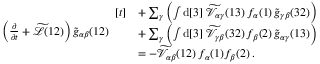
\begin{array} { r l } & { \left( \frac { \partial } { \partial t } + \widetilde { \mathcal { L } } ( 1 2 ) \right) \widetilde { g } _ { \alpha \beta } ( 1 2 ) \begin{array} { r l } { [ t ] } & { + \sum _ { \gamma } \left( \int \mathrm { d } [ 3 ] \; \widetilde { \mathcal { V } } _ { \alpha \gamma } ( 1 3 ) \, f _ { \alpha } ( 1 ) \, \widetilde { g } _ { \gamma \beta } ( 3 2 ) \right) } \\ & { + \sum _ { \gamma } \left( \int \mathrm { d } [ 3 ] \; \widetilde { \mathcal { V } } _ { \gamma \beta } ( 3 2 ) \, f _ { \beta } ( 2 ) \, \widetilde { g } _ { \alpha \gamma } ( 1 3 ) \right) } \\ & { = - \widetilde { \mathcal { V } } _ { \alpha \beta } ( 1 2 ) \, f _ { \alpha } ( 1 ) f _ { \beta } ( 2 ) \, . } \end{array} } \end{array}